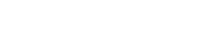
ထုတ်ပြန်ကြေညာခဲ့သည့်